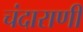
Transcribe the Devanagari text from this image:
चंदाराणी